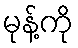
မုန့်ကို